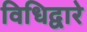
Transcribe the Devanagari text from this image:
विधिद्वारे